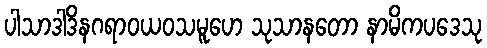
ပါသာဒါဒိနဂရာဝယဝသမူဟေ သုသာနတော နာမိကပဒေသု